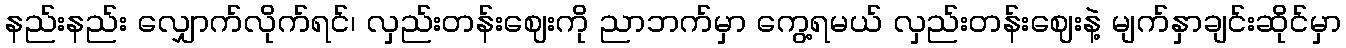
နည်းနည်း လျှောက်လိုက်ရင်၊ လှည်းတန်းဈေးကို ညာဘက်မှာ ကွေ့ရမယ် လှည်းတန်းဈေးနဲ့ မျက်နှာချင်းဆိုင်မှာ